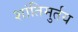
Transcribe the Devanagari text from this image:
शांतिमुर्तय